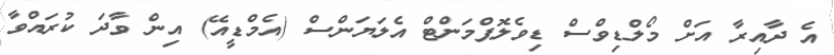
އެ ދާއިރާ އަށް މޯލްޑިވްސް ޑިވެލޮޕްމަންޓް އެލަޔަންސް (އެމްޑީއޭ) އިން ވާދަ ކުރައްވާ